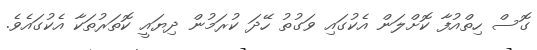
ގޮސް ހިތްއުފާ ކޮށްލަން އެކުގައި ވަގުތު ހޭދަ ކުރަމުން ދިޔައީ ކޮތަރުތަކާ އެކުގައެވެ.